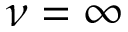
\nu = \infty